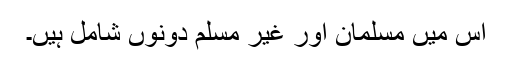
اس ميں مسلمان اور غير مسلم دونوں شامل ہيں۔